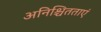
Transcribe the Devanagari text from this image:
अनिश्चितताएं